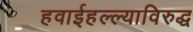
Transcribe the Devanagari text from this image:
हवाईहल्ल्याविरुद्ध